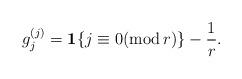
LaTeX: \begin{align*} g_j^{(j)}={\mathbf 1}\{j\equiv 0(\mathrm{mod}\, r)\}-\frac{1}{r}. \end{align*}